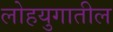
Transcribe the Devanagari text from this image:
लोहयुगातील